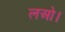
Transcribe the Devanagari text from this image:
लओ।